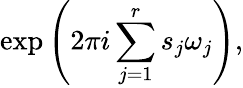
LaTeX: \exp\left(2\pi i\sum_{j=1}^{r}s_{j}\omega_{j}\right),